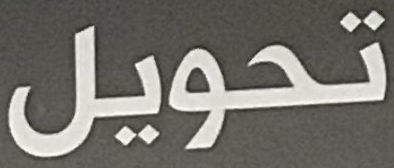
تحويل